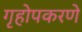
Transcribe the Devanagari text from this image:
गृहोपकरणे